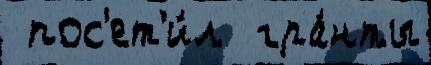
 пос'ет'и́л  гра́нты